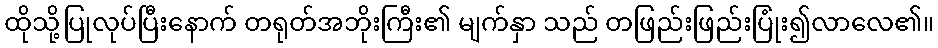
ထိုသို့ပြုလုပ်ပြီးနောက် တရုတ်အဘိုးကြီး၏ မျက်နှာ သည် တဖြည်းဖြည်းပြုံး၍လာလေ၏။